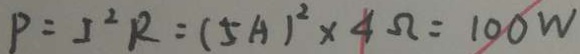
P = 1 ^ { 2 } R = ( 5 A ) ^ { 2 } \times 4 \Omega = 1 0 0 W